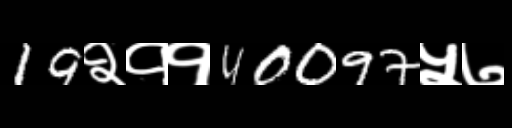
Text: 19२११40097५७